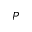
\cal P